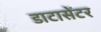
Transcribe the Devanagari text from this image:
डाटासेंटर